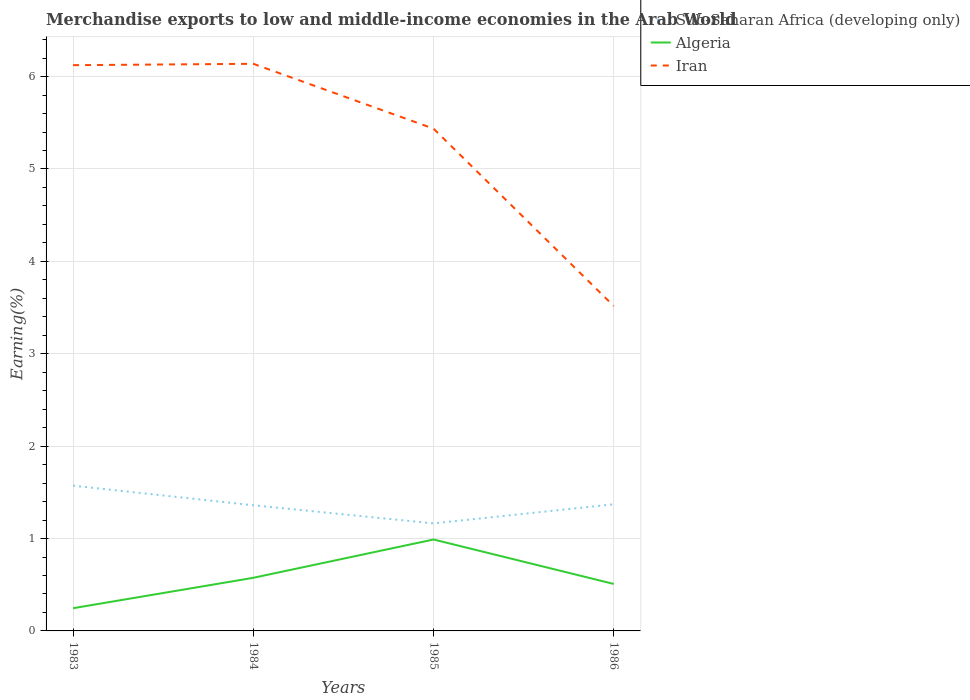
| Years | Sub-Saharan Africa (developing only) | Algeria | Iran |
 | --- | --- | --- | --- |
 | 1983 | 1.57 | 0.246 | 6.12 |
 | 1984 | 1.36 | 0.575 | 6.14 |
 | 1985 | 1.16 | 0.99 | 5.44 |
 | 1986 | 1.37 | 0.509 | 3.52 |